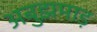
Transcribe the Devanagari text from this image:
अबुझमाड़